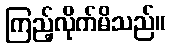
ကြည့်လိုက်မိသည်။